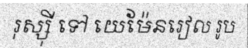
រុស្ស៊ី ទៅ យេម៉ែនរៀល រូប